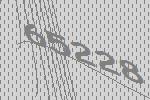
65228